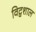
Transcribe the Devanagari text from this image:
विद्वशाल